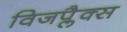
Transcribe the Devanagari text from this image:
विजप्लैक्स